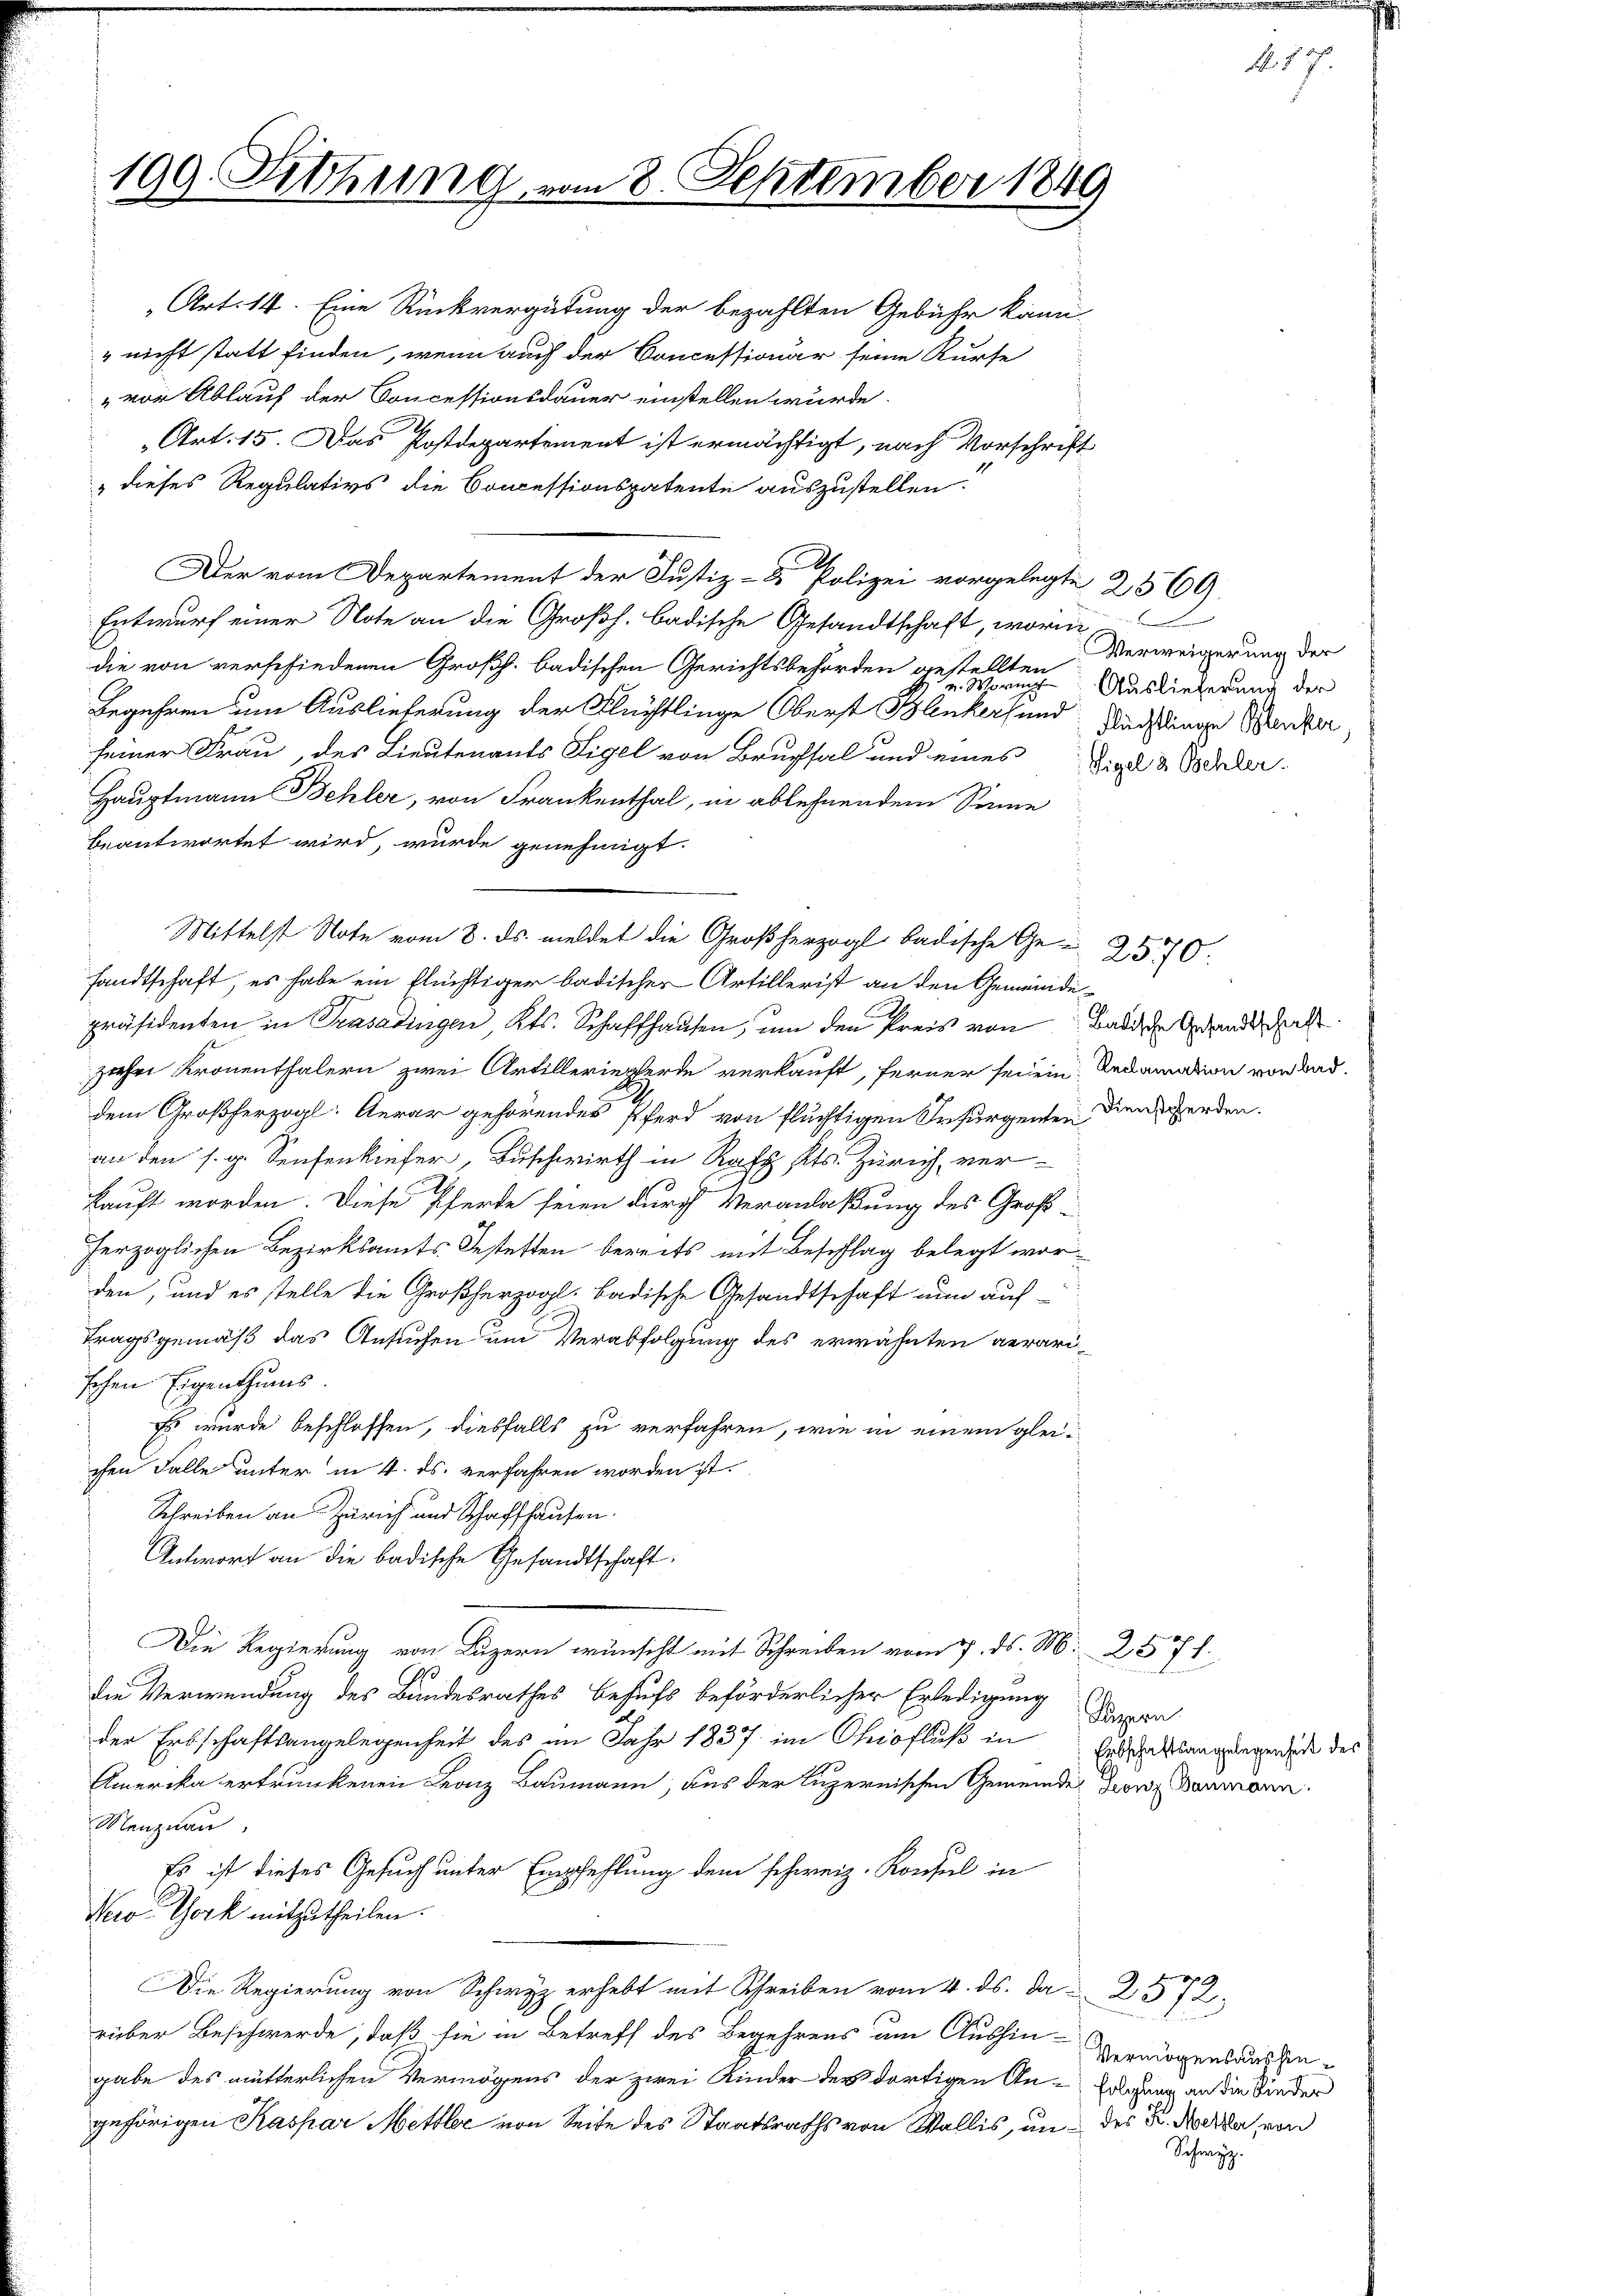
199. Sitzung

Art. 14. Eine Rückvergütung der bezahlten Gebühr kann
" nicht statt finden, wenn auch der Concessionär seine Kurfe
„vor Ablauf der Concessionsdauer einstellen wurde.
Art. 15. Das Postdepartement ist ermächtigt, nach Vorschrift
" dieses Regulativs die Concessionspatente auszustellen.
Der vom Departement der Justiz- & Polizei vorgelegte 2569
Entwurf einer Note an die Großh. badische Gesandtschaft, worin
die von verschiedenen Großh. badischen Gerichtsbehörden gestehen Auslieferung der
Begehren um Auslieferung der Flüchtlinge Oberst Blenkers und Aushinge Benzer,
seiner Frau, des Lieutenants Sigel von Brusal und eines
Hauptmann Behler, von Frankenthal, in ablehnendem Sinne
beantwortet wird, wurde genehmigt.
Mittelst Note vom 8. ds. meldet die Großherzogl badische Ge-
sandtschaft, es habe ein flüchtiger badischer Artillerist an den Gemeindepräsidenten in Trasadingen, Kts. Schaffhausen, um den Preis von Badische Gesandtschaft
zehri Kronenthalern zwei Artilleriepferde verkauft, ferner sei ein Redamation von Baddem Großherzogl. Aerar gehörendes Pferd von flüchtigen Insurgenten dien werden.
an den s. g. Sensenkiefer, Buschwirth in Rats. Zürich, ver-
s
kauft worden. Diese Pferde seien durch Veranlaßung des Großherzoglichen Bezirksamts- Gestetten bereits mit Beschlag belegt worden, und es stelle die Großherzogl. badische Gesandtschaft nun auf-
tragsgemäß das Ansuchen um Verabfolgung des erwähnten aerarischen Eigenthums.
Es wurde beschlossen, diesfalls zu verfahren, wie in einem gleichen Falle unter in 4. ds. verfahren worden ist.
Schreiben an Zürich und Schaffhausen.
Antwort an die badische Gesandtschaft:
Die Regierung von Luzern wünscht mit Schreiben vom 7. ds. M. 2571.
die Verwendung des Bundesrathes behufs beförderlicher Erledigung
Luzern.
der Erbschaftsangelegenheit des im Jahr 1837 im Ohiofluß in Erbschaftlingungende des
Amerika ertrunkenen Franz Baumann, aus der luzernischen Gemeinde Leonz Baumann.
Menznau
Es ist dieses Gesuch unter Empfehlung dem schweiz. Konsul in
New York mitzutheilen.
Die Regierung von Schwyz erhebt mit Schreiben vom 4. ds. Da 2. 572.
rüber Beschwerde, daß sie in Betreff des Begehrens um Aushin-
gabe des mütterlichen Vermögens der zwei Kinder der dortigen An- Eolgung an die Wieder
gehörigen Kaspar Mettler von Seite des Staatsraths von Wallis, in des B. Notar von

8 September 1849

Verweigerung der
Sigel & Behler.

25770.

Vermögensaushin¬
Schwyz.

N 57.